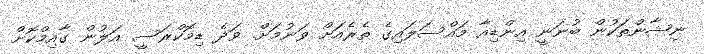
ނިޝާންތަކުން ބުނަނީ އިންޑިއާ މައްސަލައިގެ ތެރެއަށް ވަނުމަށް. ވަދެ ޑިމޮކްރަސީ އަލުން ގާއިމްކޮށް